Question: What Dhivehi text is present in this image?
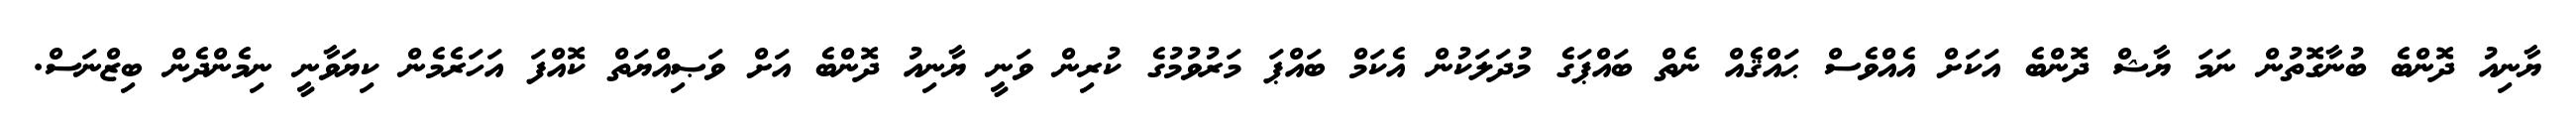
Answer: ޔާނިއު ދޮންބެ ބުނާގޮތުން ނަމަ ޔާޝް ދޮންބެ އަކަށް އެއްވެސް ޙައްޤެއް ނެތް ބައްޕަގެ މުދަލަކުން އެކަމް ބައްޕަ މަރުވުމުގެ ކުރިން ވަނީ ޔާނިއު ދޮންބެ އަށް ވަޞިއްޔަތް ކޮއްފަ އަހަރެމެން ކިޔަވާނީ ނިމެންދެން ބިޒްނަސް.